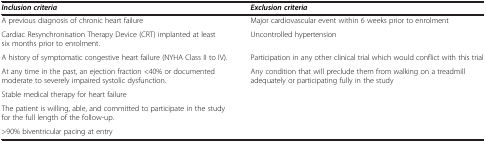
<table><thead><tr><td><b><i>Inclusion criteria</i></b></td><td><b><i>Exclusion criteria</i></b></td></tr></thead><tbody><tr><td>A previous diagnosis of chronic heart failure</td><td>Major cardiovascular event within 6 weeks prior to enrolment</td></tr><tr><td>Cardiac Resynchronisation Therapy Device (CRT) implanted at least six months prior to enrolment.</td><td>Uncontrolled hypertension</td></tr><tr><td>A history of symptomatic congestive heart failure (NYHA Class II to IV).</td><td>Participation in any other clinical trial which would conflict with this trial</td></tr><tr><td>At any time in the past, an ejection fraction &lt;40% or documented moderate to severely impaired systolic dysfunction.</td><td>Any condition that will preclude them from walking on a treadmill adequately or participating fully in the study</td></tr><tr><td>Stable medical therapy for heart failure</td><td> </td></tr><tr><td>The patient is willing, able, and committed to participate in the study for the full length of the follow-up.</td><td> </td></tr><tr><td>&gt;90% biventricular pacing at entry</td><td> </td></tr></tbody></table>